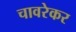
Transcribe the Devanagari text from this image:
चावरेकर